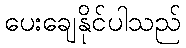
ပေးချေနိုင်ပါသည်